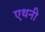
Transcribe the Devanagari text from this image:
एथनी